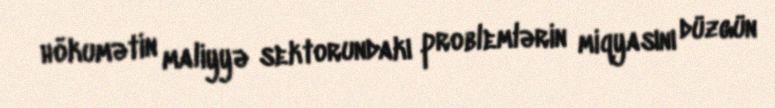
hökumətin maliyyə sektorundakı problemlərin miqyasını düzgün